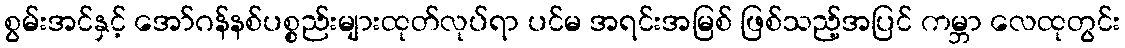
စွမ်းအင်နှင့် အော်ဂန်နစ်ပစ္စည်းများထုတ်လုပ်ရာ ပင်မ အရင်းအမြစ် ဖြစ်သည့်အပြင် ကမ္ဘာ လေထုတွင်း